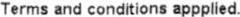
TERMS AND CONDITIONS APPPLIED.